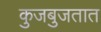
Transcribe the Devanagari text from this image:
कुजबुजतात